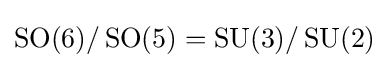
\operatorname {SO} (6)/\operatorname {SO} (5)=\operatorname {SU} (3)/\operatorname {SU} (2)